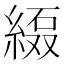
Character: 𱹻